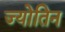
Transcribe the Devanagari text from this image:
ज्‍योतिन